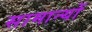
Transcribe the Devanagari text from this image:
सामान्यों